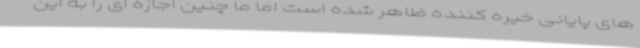
های پایانی خیره کننده ظاهر شده است اما ما چنین اجازه ای را به این